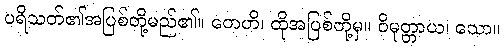
ပရိသတ်၏အပြစ်တို့မည်၏။ တေဟိ၊ ထိုအပြစ်တို့မှ။ ဝိမုတ္တာယ၊ သော။